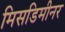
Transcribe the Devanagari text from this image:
मिसडिमीनर